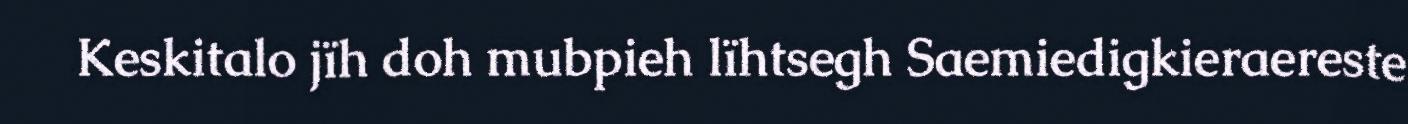
Keskitalo jïh doh mubpieh lïhtsegh Saemiedigkieraereste